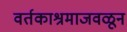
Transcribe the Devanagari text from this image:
वर्तकाश्रमाजवळून